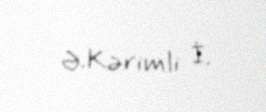
Ə.Kərimli İ.